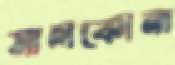
সালকোনা